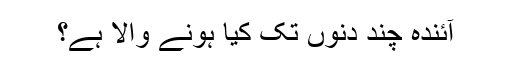
آئندہ چند دنوں تک کیا ہونے والا ہے؟